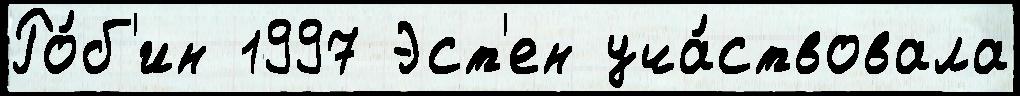
Ро́б'ин 1997 Эст'ен уча́ствовала